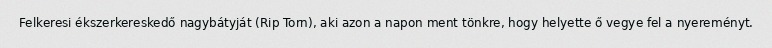
Felkeresi ékszerkereskedő nagybátyját (Rip Torn), aki azon a napon ment tönkre, hogy helyette ő vegye fel a nyereményt.